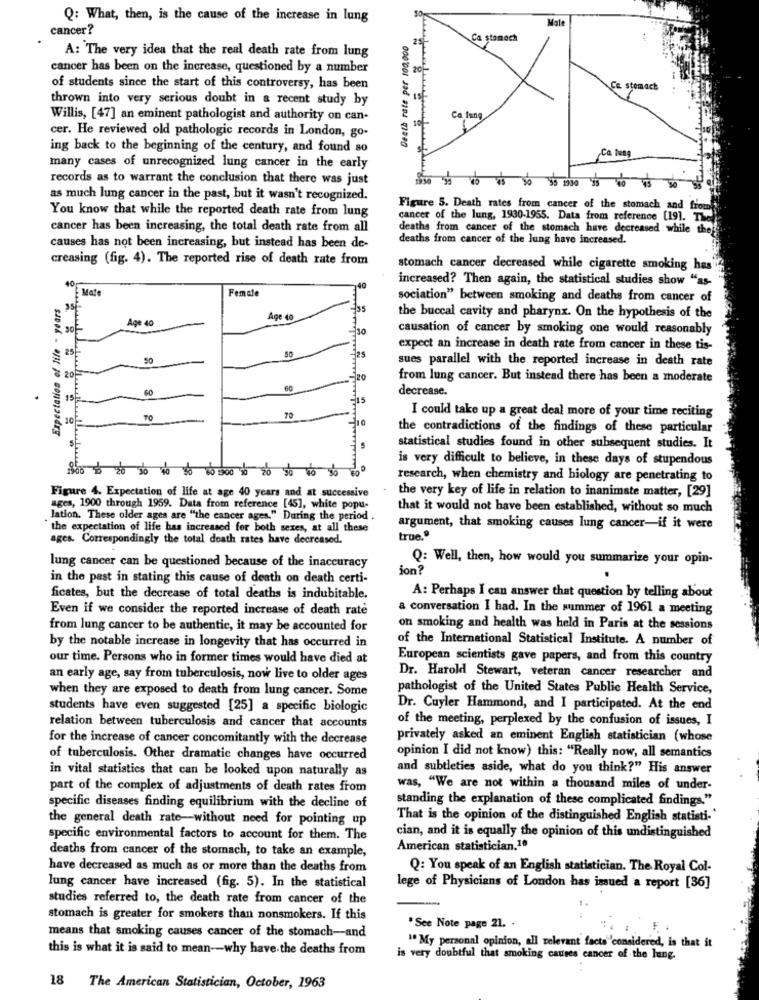
Q: What, then, is the cause of the increase in lung
Mate
cancer?
Death rate per 100.000
25
Ca stamoch
A: The very idea that the real death rate from lung
cancer has been on the increase, questioned by a number
20
of students since the start of this controversy, has been
Ce stomach
thrown into very serious doubt in a recent study by
Willis, [47] an eminent pathologist and authority on can-
Ca tung
cer. He reviewed old pathologic records in London, go-
ing back to the beginning of the century, and found so
many cases of unrecognized lung cancer in the early
records as to warrant the conclusion that there was just
as much lung cancer in the past, but it wasn't recognized.
You know that while the reported death rate from lung
Figure 5. Death rates from cancer of the stomach and
cancer of the lung, 1930-1955. Data from reference [19]. The
cancer has been increasing, the total death rate from all
deaths from cancer of the stomach have decreased while
deaths from cancer of the lung have increased.
causes has not been increasing, but instead has been de-
creasing (fig. 4). The reported rise of death rate from
stomach cancer decreased while cigarette smoking has
40
increased? Then again, the statistical studies show "as-
Mate
Female
Expectation of life - years
sociation" between smoking and deaths from cancer of
235
Age 40
Age 40
the buccal cavity and pharynx. On the hypothesis of the
causation of cancer by smoking one would reasonably
25
expect an increase in death rate from cancer in these tis-
50
50
sues parallel with the reported increase in death rate
20
20
from lung cancer. But instead there has been a moderate
60
60
decrease.
15
I could take up a great deal more of your time reciting
10
TO
70
the contradictions of the findings of these particular
statistical studies found in other subsequent studies. It
is very difficult to believe, in these days of stupendous
research, when chemistry and biology are penetrating to
Figure 4. Expectation of life at age 40 years and at successive
the very key of life in relation to inanimate matter, [29]
ages, 1900 through 1959. Data from reference [45], white popu-
that it would not have been established, without so much
lation. These older ages are ""the cancer ages." During the period .
the expectation of life has increased for both sexes, at all these
argument, that smoking causes lung cancer-if it were
ages. Correspondingly the total death rates have decreased.
true."
Q: Well, then, how would you summarize your opin-
lung cancer can be questioned because of the inaccuracy
ion?
in the past in stating this cause of death on death certi-
ficates, but the decrease of total deaths is indubitable.
A: Perhaps I can answer that question by telling about
Even if we consider the reported increase of death rate
conversation I had. In the summer of 1961 a meeting
from lung cancer to be authentic, it may be accounted for
on smoking and health was held in Paris at the sessions
of the International Statistical Institute. A number of
by the notable increase in longevity that has occurred in
our time. Persons who in former times would have died at
European scientists gave papers, and from this country
an early age, say from tuberculosis, now live to older ages
Dr. Harold Stewart, veteran cancer researcher and
when they are exposed to death from lung cancer. Some
pathologist of the United States Public Health Service,
students have even suggested [25] a specific biologic
Dr. Cuyler Hammond, and I participated. At the end
of the meeting, perplexed by the confusion of issues, I
relation between tuberculosis and cancer that accounts
for the increase of cancer concomitantly with the decrease
privately asked an eminent English statistician (whose
of tuberculosis. Other dramatic changes have occurred
opinion I did not know) this: "Really now, all semantics
in vital statistics that can be looked upon naturally as
and subtleties aside, what do you think?" His answer
part of the complex of adjustments of death rates from
was, "We are not within a thousand miles of under-
standing the explanation of these complicated findings."
specific diseases finding equilibrium with the decline of
the general death rate-without need for pointing up
That is the opinion of the distinguished English statisti-'
specific environmental factors to account for them. The
cian, and it is equally the opinion of this undistinguished
deaths from cancer of the stomach, to take an example,
American statistician.10
have decreased as much as or more than the deaths from
Q: You speak of an English statistician. The Royal Col-
lung cancer have increased (fig. 5). In the statistical
lege of Physicians of London has issued a report [36]
studies referred to, the death rate from cancer of the
stomach is greater for smokers than nonsmokers. If this
means that smoking causes cancer of the stomach-and
.See Note page 21. .
" My personal opinion, all relevant facts" considered, is that it
this is what it is said to mean-why have.the deaths from
is very doubtful that smoking causes cancer of the lung.
18
The American Statistician, October, 1963